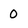
Character: 0